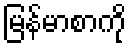
မြန်မာစာကို